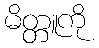
မိတ္တူကို